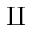
\amalg